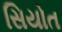
સિયોત